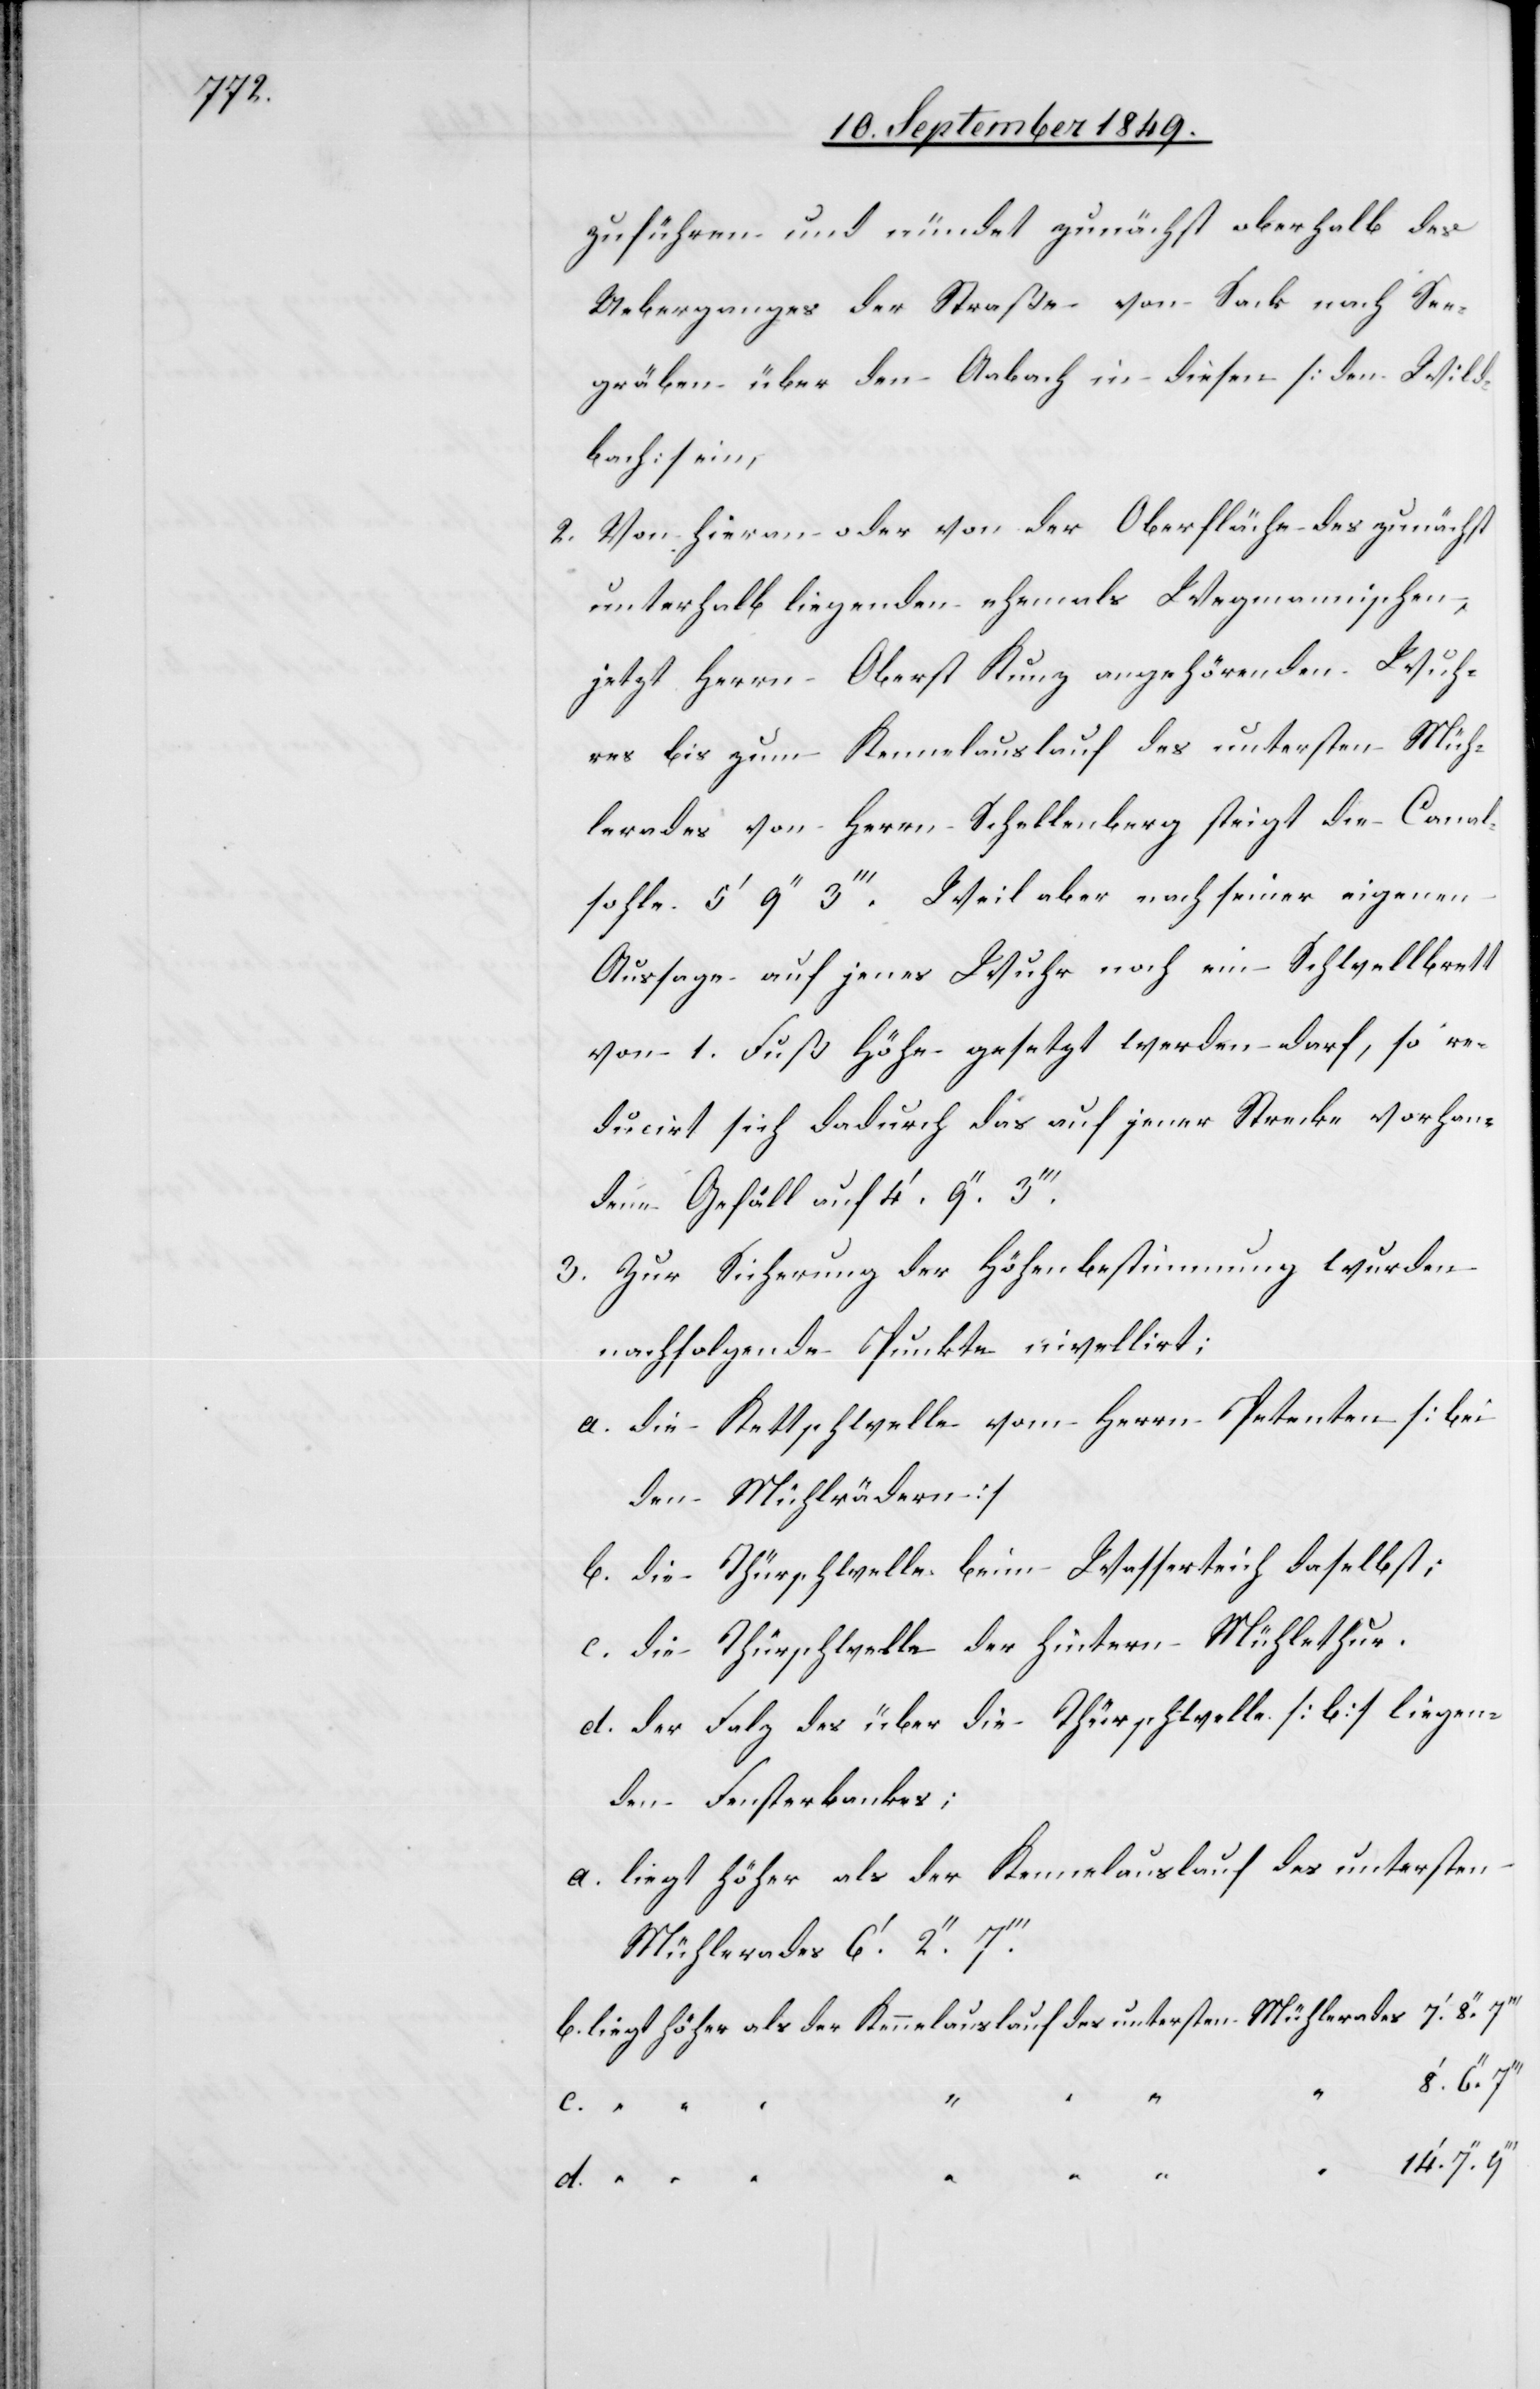
zuführen und mündet zunächst oberhalb des
Ueberganges der Straße von Sack nach See¬
gräben über den Aabach in diesen [den Wild¬
bach] ein,
2. Von hieran oder von der Oberfläche des zunächst
unterhalb liegenden ehemals Wegmannischen,
jetzt Herrn Oberst Kunz angehörenden Wuh¬
res bis zum Kennelauslauf des untersten Müh¬
lerades von Herrn Schellenberg steigt die Canal¬
sohle 5‘ 9‘‘ 3‘‘‘. Weil aber nach seiner eigenen
Aussage auf jenes Wuhr noch ein Schwellenbrett
von 1. Fuß Höhe gesetzt werden darf, so re¬
ducirt sich dadurch das auf jener Strecke vorhan¬
dene Gefäll auf 4‘. 9‘‘.
3. Zur Sicherung der Höhenbestimmung wurden
nachfolgende Punkte nivellirt;
a. die Kettschwelle vom Herrn Petenten [bei
den Mühlrädern]
b. die Thürschwelle beim Wasserteich daselbst;
c. die Thürschwelle der hintern Mühlethur.
d. der Falz des über die Thürschwelle [b] liegen¬
den Fensterbankes;
a. liegt höher als der Kennelauslauf des untersten
Mühlerades 6‘. 2‘‘.
b. liegt höher als der Kennelauslauf des untersten Mühlerades	7‘. 8‘‘.
c.